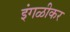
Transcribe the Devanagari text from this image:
इंगळीकर